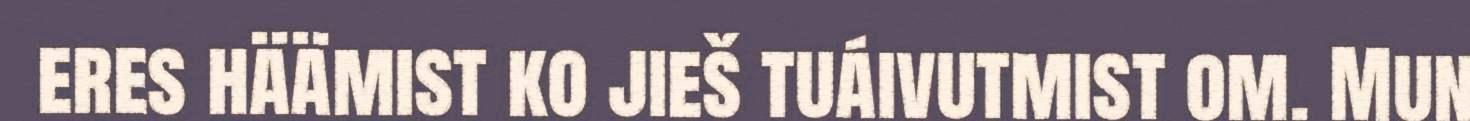
eres häämist ko jieš tuáivutmist om. Mun